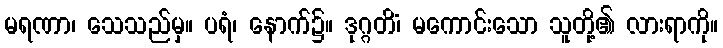
မရဏာ၊ သေသည်မှ။ ပရံ၊ နောက်၌။ ဒုဂ္ဂတိံ၊ မကောင်းသော သူတို့၏ လားရာကို။